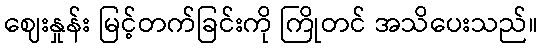
ဈေးနှုန်း မြင့်တက်ခြင်းကို ကြိုတင် အသိပေးသည်။